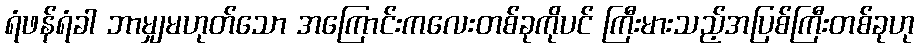
ရံဖန်ရံခါ ဘာမျှမဟုတ်သော အကြောင်းကလေးတစ်ခုကိုပင် ကြီးမားသည့်အပြစ်ကြီးတစ်ခုဟု